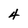
Character: 4